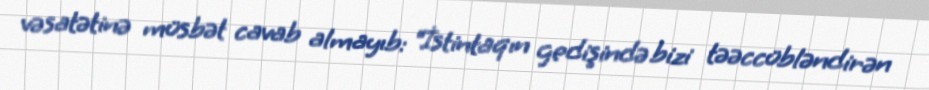
vəsatətinə müsbət cavab almayıb: “İstintaqın gedişində bizi təəccübləndirən